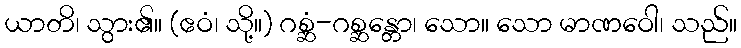
ယာတိ၊ သွား၏။ (ဧဝံ၊ သို့။) ဂစ္ဆံ-ဂစ္ဆန္တော၊ သော။ သော မာဏဝေါ၊ သည်။